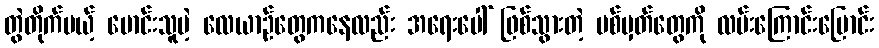
တွဲတိုက်မယ့် မောင်းသူမဲ့ လေယာဉ်တွေကနေလည်း အရေးပေါ် ဖြစ်သွားတဲ့ ပစ်မှတ်တွေကို လမ်းကြောင်းပြောင်း